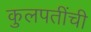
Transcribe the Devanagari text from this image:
कुलपतींची